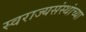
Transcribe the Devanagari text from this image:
स्वराज्यसंस्थांच्या